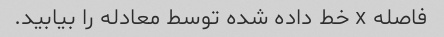
فاصله x خط داده شده توسط معادله را بیابید.